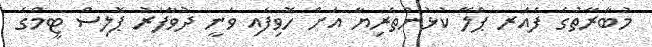
މުބާރާތުގެ ފެއަރ ޕްލޭ ކުޅުންތެރިޔާ އަށް ހޮވިފައި ވަނީ ދުވާފަރު ޕޮލިސް ޓީމްގެ